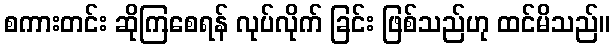
စကားတင်း ဆိုကြစေရန် လုပ်လိုက် ခြင်း ဖြစ်သည်ဟု ထင်မိသည်။